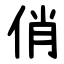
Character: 俏